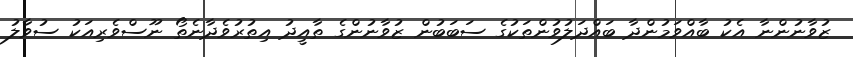
ޒުވާނުންނާ އެކު ބާއްވަމުންދާ ބައްދަލުވުންތަކުގެ ސަބަބުން ޒުވާނުންގެ ތާއީދު އިތުރުވެދާނެތޯ ނޫސްވެރިއަކު ސުވާލު